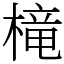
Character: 槞